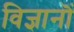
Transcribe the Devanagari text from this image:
विज्ञानॊं